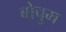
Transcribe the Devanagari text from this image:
बोचुम